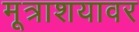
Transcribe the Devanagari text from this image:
मूत्राशयावर